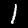
Digit: 1